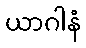
ယာဂါနံ